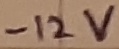
Text: -12V